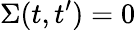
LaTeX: \Sigma(t,t^{\prime})=0